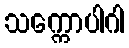
သက္ကောပါဂါ